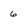
Character: 6